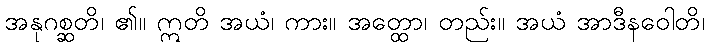
အနုဂစ္ဆတိ၊ ၏။ ဣတိ အယံ၊ ကား။ အတ္ထော၊ တည်း။ အယံ အာဒီနဝေါတိ၊